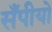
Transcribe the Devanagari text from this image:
सँपीयो